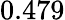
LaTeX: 0.479